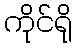
ကိုင်ရို